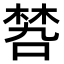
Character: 𠹝